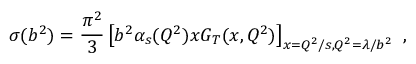
\sigma ( b ^ { 2 } ) = { \frac { \pi ^ { 2 } } { 3 } } \left[ b ^ { 2 } \alpha _ { s } ( Q ^ { 2 } ) x G _ { T } ( x , Q ^ { 2 } ) \right] _ { x = Q ^ { 2 } / s , Q ^ { 2 } = \lambda / b ^ { 2 } } \ ,